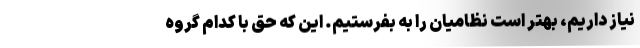
نیاز داریم، بهتر است نظامیان را به بفرستیم. این که حق با کدام گروه